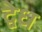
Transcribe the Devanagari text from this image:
द्वेध